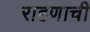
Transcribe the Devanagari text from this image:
राहणाची